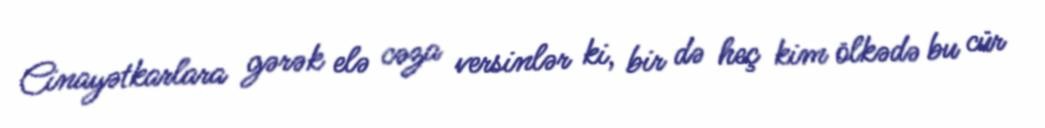
Cinayətkarlara gərək elə cəza versinlər ki, bir də heç kim ölkədə bu cür